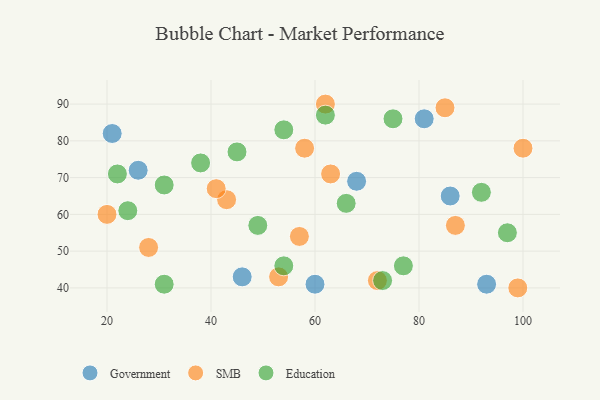
{"axis": {"x": "GDP", "y": "Life Expectancy"}, "legend": ["Education", "Government", "SMB"], "data": [{"x": "81", "y": 86, "type": "Government"}, {"x": "93", "y": 41, "type": "Government"}, {"x": "26", "y": 72, "type": "Government"}, {"x": "86", "y": 65, "type": "Government"}, {"x": "68", "y": 69, "type": "Government"}, {"x": "60", "y": 41, "type": "Government"}, {"x": "46", "y": 43, "type": "Government"}, {"x": "21", "y": 82, "type": "Government"}, {"x": "85", "y": 89, "type": "SMB"}, {"x": "28", "y": 51, "type": "SMB"}, {"x": "43", "y": 64, "type": "SMB"}, {"x": "41", "y": 67, "type": "SMB"}, {"x": "63", "y": 71, "type": "SMB"}, {"x": "57", "y": 54, "type": "SMB"}, {"x": "99", "y": 40, "type": "SMB"}, {"x": "20", "y": 60, "type": "SMB"}, {"x": "72", "y": 42, "type": "SMB"}, {"x": "100", "y": 78, "type": "SMB"}, {"x": "62", "y": 90, "type": "SMB"}, {"x": "53", "y": 43, "type": "SMB"}, {"x": "58", "y": 78, "type": "SMB"}, {"x": "87", "y": 57, "type": "SMB"}, {"x": "54", "y": 46, "type": "Education"}, {"x": "31", "y": 41, "type": "Education"}, {"x": "31", "y": 68, "type": "Education"}, {"x": "24", "y": 61, "type": "Education"}, {"x": "54", "y": 83, "type": "Education"}, {"x": "62", "y": 87, "type": "Education"}, {"x": "97", "y": 55, "type": "Education"}, {"x": "66", "y": 63, "type": "Education"}, {"x": "38", "y": 74, "type": "Education"}, {"x": "22", "y": 71, "type": "Education"}, {"x": "49", "y": 57, "type": "Education"}, {"x": "92", "y": 66, "type": "Education"}, {"x": "73", "y": 42, "type": "Education"}, {"x": "77", "y": 46, "type": "Education"}, {"x": "75", "y": 86, "type": "Education"}, {"x": "45", "y": 77, "type": "Education"}]}